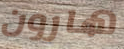
هارون